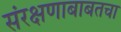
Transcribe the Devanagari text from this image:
संरक्षणाबाबतचा